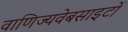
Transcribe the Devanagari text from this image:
वाणिज्यवेबसाइटों